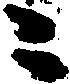
々